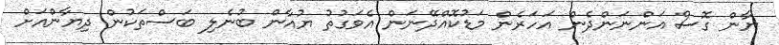
ޔާން ގޮސް އަންނަންދެން އަހަރެން މަޑުކޮއްދޭނަން އެވަގުތު ޔުއާން ބުނެލި ބަސްތަކުން ދިޔާންއަށް